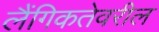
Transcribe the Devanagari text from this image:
लैंगिकतेवरील